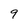
Character: 9